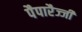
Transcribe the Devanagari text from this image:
पैपारैज्जी